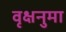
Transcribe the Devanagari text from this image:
वृक्षनुमा